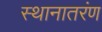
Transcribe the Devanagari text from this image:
स्थानातरंण